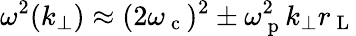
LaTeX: \omega^{2}(k_{\perp})\approx(2\omega_{\mathrm{~c~}})^{2}\pm\omega_{\mathrm{~p~}}^{2}k_{\perp}r_{\mathrm{~L~}}